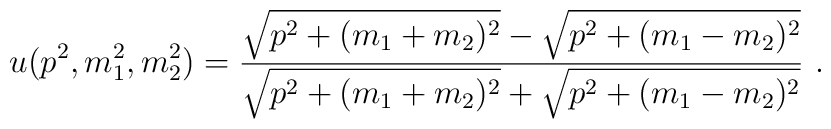
u(p^2,m_1^2,m_2^2) = \frac      { \sqrt{ p^2+(m_1+m_2)^2 } - \sqrt{ p^2+(m_1-m_2)^2 } }      { \sqrt{ p^2+(m_1+m_2)^2 } + \sqrt{ p^2+(m_1-m_2)^2 } } \ .